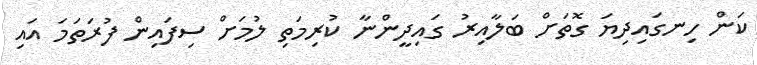
ކަން ހިނގައިދިޔަ ގޮތަށް ބަލާއިރު ގައިދީންނާ ކުރިމަތި ލުމަށް ސިފައިން ފުރަތަމަ އައި